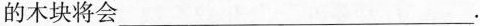
的木块将会___.